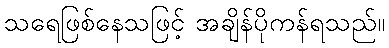
သရေဖြစ်နေသဖြင့် အချိန်ပိုကန်ရသည်။